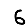
Digit: 6